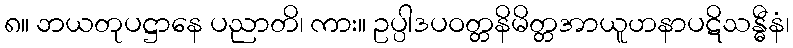
၈။ ဘယတုပဋ္ဌာနေ ပညာတိ၊ ကား။ ဥပ္ပါဒပဝတ္တနိမိတ္တအာယူဟနာပဋိသန္ဓီနံ၊